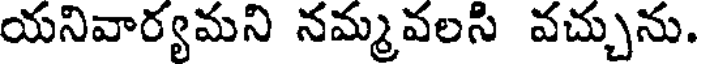
యనివార్యమని నమ్మవలసి వచ్చును.